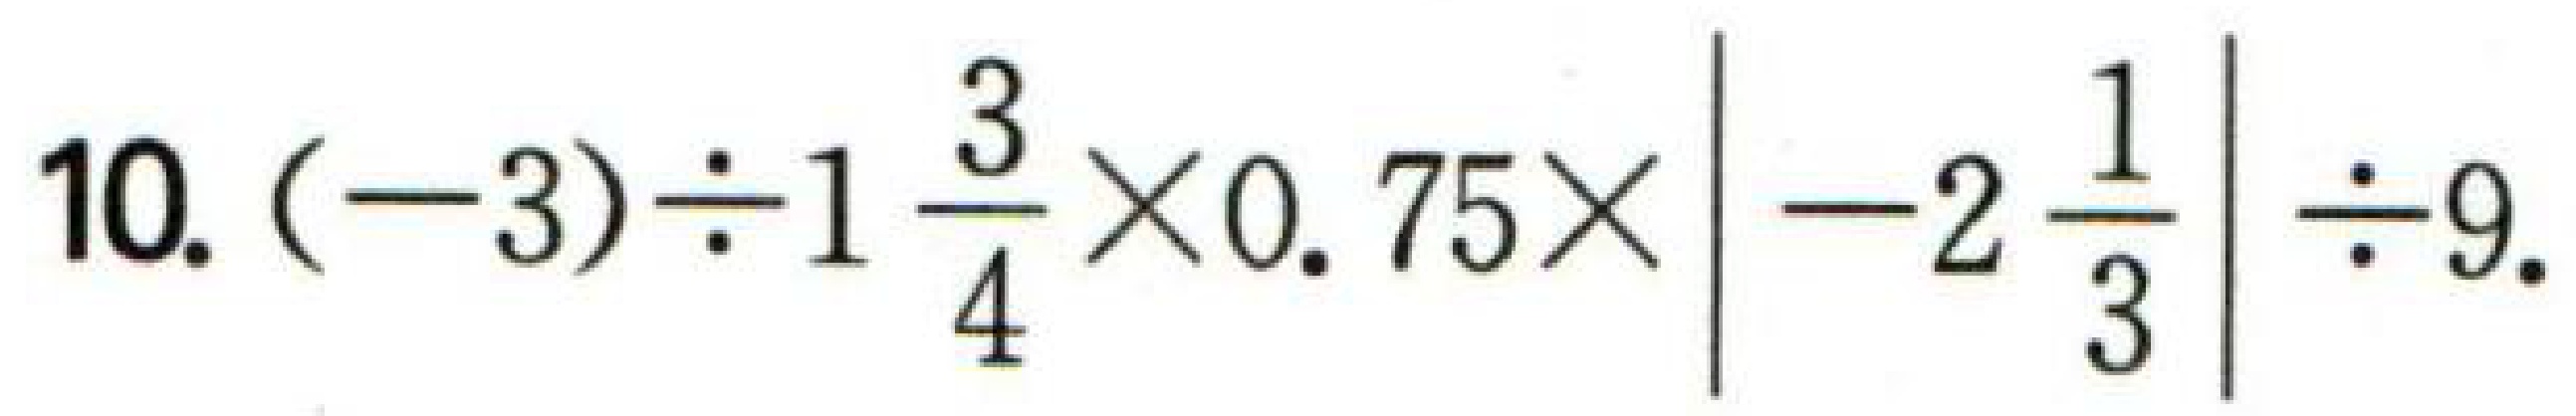
10. $(-3)\div1\frac{3}{4}\times0.75\times\left|-2\frac{1}{3}\right|\div9$.